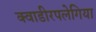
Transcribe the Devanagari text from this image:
क्वाडीरपलेगिया